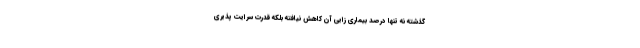
گذشته نه تنها درصد بیماری زایی آن کاهش نیافته بلکه قدرت سرایت پذیری